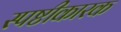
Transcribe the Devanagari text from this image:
स्पष्टीकारक